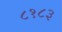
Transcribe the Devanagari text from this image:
८१८३